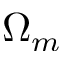
\Omega _ { m }